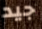
جيد